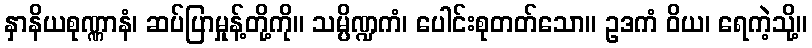
နှာနိယစုဏ္ဏာနံ၊ ဆပ်ပြာမှုန့်တို့ကို။ သမ္ပိဏ္ဍကံ၊ ပေါင်းစုတတ်သော။ ဥဒကံ ဝိယ၊ ရေကဲ့သို့။